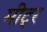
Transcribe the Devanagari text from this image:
मीट्र